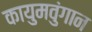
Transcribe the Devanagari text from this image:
कायुमवुंगान